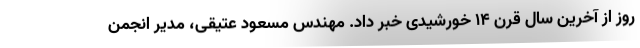
روز از آخرین سال قرن ۱۴ خورشیدی خبر داد. مهندس مسعود عتیقی، مدیر انجمن